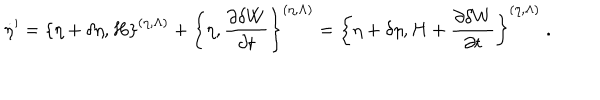
LaTeX: \dot { \eta } ^ { \prime } = \left\{ \eta + \delta \eta , H \right\} ^ { ( \eta , \Lambda ) } + \left\{ \eta , \frac { \partial \delta W } { \partial t } \right\} ^ { ( \eta , \Lambda ) } = \left\{ \eta + \delta \eta , H + \frac { \partial \delta W } { \partial t } \right\} ^ { ( \eta , \Lambda ) } \; .